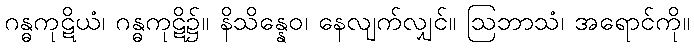
ဂန္ဓကုဋိယံ၊ ဂန္ဓကုဋိ၌။ နိသိန္နေဝ၊ နေလျက်လျှင်။ ဩဘာသံ၊ အရောင်ကို။